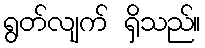
ရွတ်လျက် ရှိသည်။